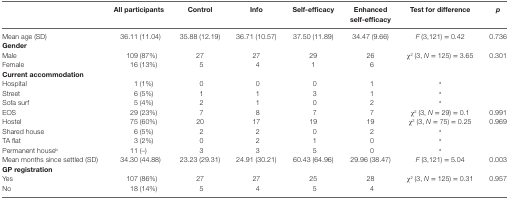
<table><thead><tr><td></td><td><b>All participants</b></td><td><b>Control</b></td><td><b>Info</b></td><td><b>Self-efficacy</b></td><td><b>Enhanced self-efficacy</b></td><td><b>Test for difference</b></td><td><b><i>p</i></b></td></tr></thead><tbody><tr><td>Mean age (SD)</td><td>36.11 (11.04)</td><td>35.88 (12.19)</td><td>36.71 (10.57)</td><td>37.50 (11.89)</td><td>34.47 (9.66)</td><td><i>F</i> (3,121) = 0.42</td><td>0.736</td></tr><tr><td><b>Gender</b></td><td></td><td></td><td></td><td></td><td></td><td></td><td></td></tr><tr><td>Male</td><td>109 (87%)</td><td>27</td><td>27</td><td>29</td><td>26</td><td>χ<sup>2</sup> (3, <i>N</i> = 125) = 3.65</td><td>0.301</td></tr><tr><td>Female</td><td>16 (13%)</td><td>5</td><td>4</td><td>1</td><td>6</td></tr><tr><td><b>Current accommodation</b></td><td></td><td></td><td></td><td></td><td></td><td></td><td></td></tr><tr><td>Hospital</td><td>1 (1%)</td><td>0</td><td>0</td><td>0</td><td>1</td><td><sup>a</sup></td><td></td></tr><tr><td>Street</td><td>6 (5%)</td><td>1</td><td>1</td><td>3</td><td>1</td><td><sup>a</sup></td><td></td></tr><tr><td>Sofa surf</td><td>5 (4%)</td><td>2</td><td>1</td><td>0</td><td>2</td><td><sup>a</sup></td><td></td></tr><tr><td>EOS</td><td>29 (23%)</td><td>7</td><td>8</td><td>7</td><td>7</td><td>χ<sup>2</sup> (3, <i>N</i> = 29) = 0.1</td><td>0.991</td></tr><tr><td>Hostel</td><td>75 (60%)</td><td>20</td><td>17</td><td>19</td><td>19</td><td>χ<sup>2</sup> (3, <i>N</i> = 75) = 0.25</td><td>0.969</td></tr><tr><td>Shared house</td><td>6 (5%)</td><td>2</td><td>2</td><td>0</td><td>2</td><td><sup>a</sup></td><td></td></tr><tr><td>TA flat</td><td>3 (2%)</td><td>0</td><td>2</td><td>1</td><td>0</td><td><sup>a</sup></td><td></td></tr><tr><td>Permanent house<sup>b</sup></td><td>11 (–)</td><td>3</td><td>3</td><td>5</td><td>0</td><td><sup>a</sup></td><td></td></tr><tr><td>Mean months since settled (SD)</td><td>34.30 (44.88)</td><td>23.23 (29.31)</td><td>24.91 (30.21)</td><td>60.43 (64.96)</td><td>29.96 (38.47)</td><td><i>F</i> (3,121) = 5.04</td><td>0.003</td></tr><tr><td><b>GP registration</b></td><td></td><td></td><td></td><td></td><td></td><td></td><td></td></tr><tr><td>Yes</td><td>107 (86%)</td><td>27</td><td>27</td><td>25</td><td>28</td><td rowspan="2">χ<sup>2</sup> (3, <i>N</i> = 125) = 0.31</td><td rowspan="2">0.957</td></tr><tr><td>No</td><td>18 (14%)</td><td>5</td><td>4</td><td>5</td><td>4</td></tr></tbody></table>